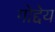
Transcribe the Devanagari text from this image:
गोद्देय